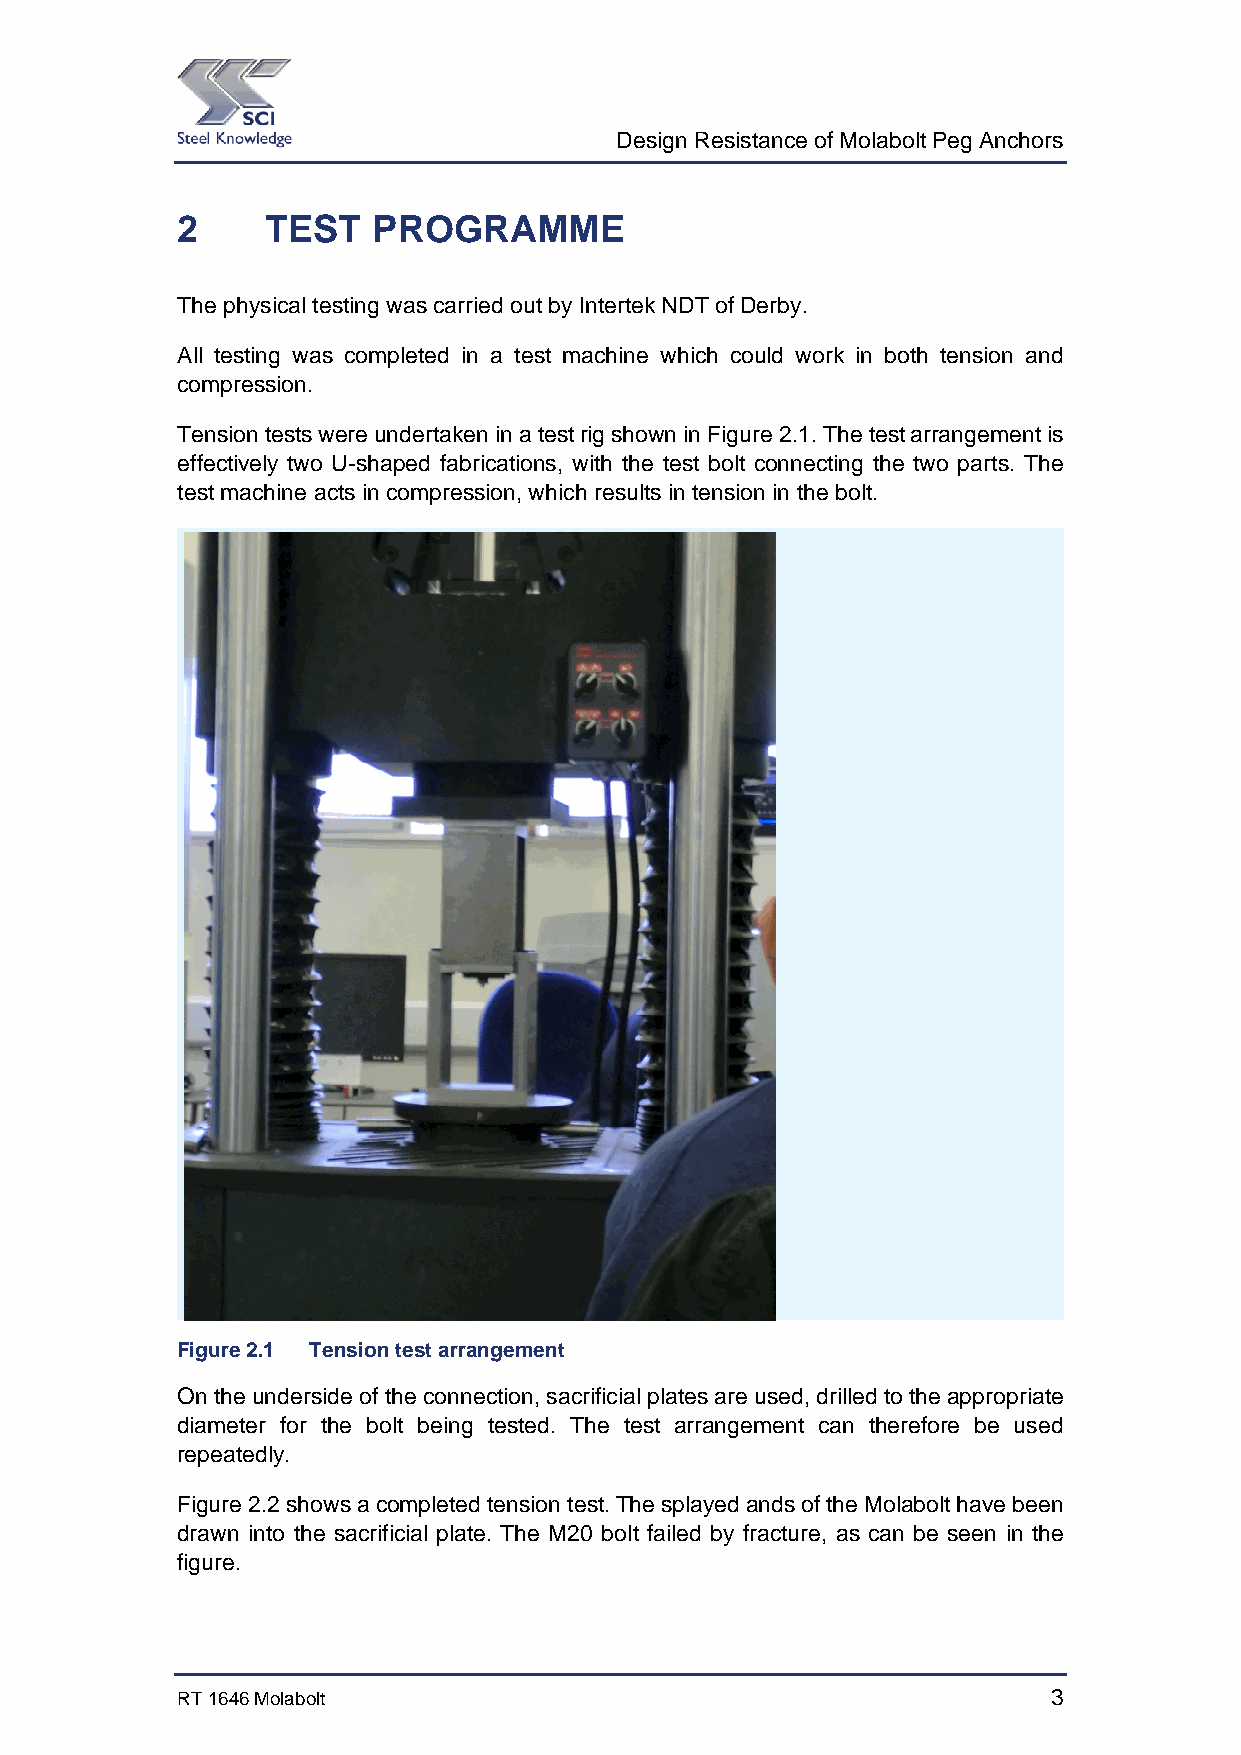
Design Resistance of Molabolt Peg Anchors
 2     TEST   PROGRAMME
 The physical testing was carried out by Intertek NDT of Derby.
 All testing was completed in a test machine which could work in both tension and
 compression.
 Tension tests were undertaken in a test rig shown in Figure 2.1. The test arrangement is
 effectively two U-shaped fabrications, with the test bolt connecting the two parts. The
 test machine acts in compression, which results in tension in the bolt.
 Figure 2.1 Tension test arrangement
 On the underside of the connection, sacrificial plates are used, drilled to the appropriate
 diameter for the bolt being tested. The test arrangement can therefore be used
 repeatedly.
 Figure 2.2 shows a completed tension test. The splayed ands of the Molabolt have been
 drawn into the sacrificial plate. The M20 bolt failed by fracture, as can be seen in the
 figure.
 RT 1646 Molabolt                                          3